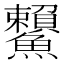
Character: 𩽓